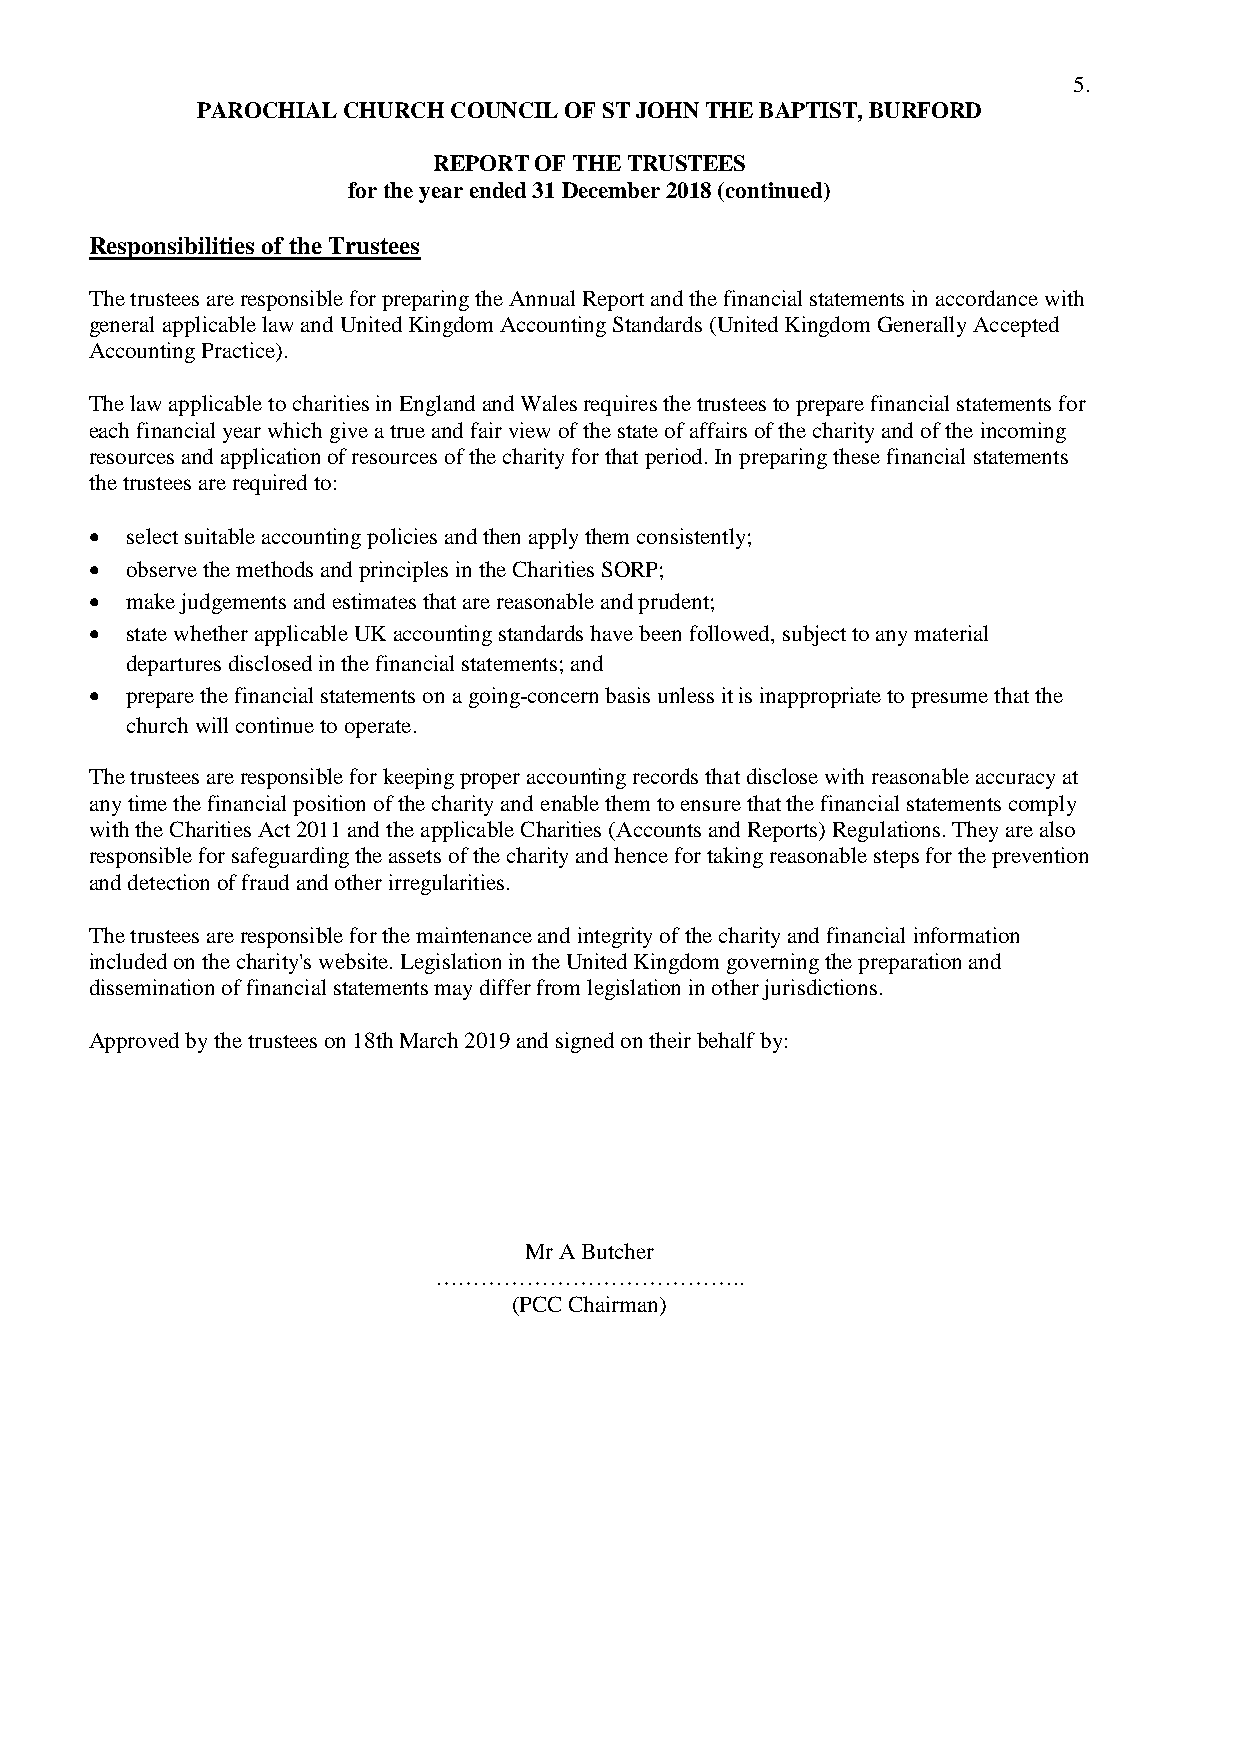
5.
 PAROCHIAL CHURCH COUNCIL OF ST JOHN THE BAPTIST, BURFORD
 REPORT OF THE TRUSTEES
 for the year ended 31 December 2018 (continued)
 Responsibilities of the Trustees
 The trustees are responsible for preparing the Annual Report and the financial statements in accordance with
 general applicable law and United Kingdom Accounting Standards (United Kingdom Generally Accepted
 Accounting Practice).
 The law applicable to charities in England and Wales requires the trustees to prepare financial statements for
 each financial year which give a true and fair view of the state of affairs of the charity and of the incoming
 resources and application of resources of the charity for that period. In preparing these financial statements
 the trustees are required to:
  select suitable accounting policies and then apply them consistently;
  observe the methods and principles in the Charities SORP;
  make judgements and estimates that are reasonable and prudent;
  state whether applicable UK accounting standards have been followed, subject to any material
 departures disclosed in the financial statements; and
  prepare the financial statements on a going-concern basis unless it is inappropriate to presume that the
 church will continue to operate.
 The trustees are responsible for keeping proper accounting records that disclose with reasonable accuracy at
 any time the financial position of the charity and enable them to ensure that the financial statements comply
 with the Charities Act 2011 and the applicable Charities (Accounts and Reports) Regulations. They are also
 responsible for safeguarding the assets of the charity and hence for taking reasonable steps for the prevention
 and detection of fraud and other irregularities.
 The trustees are responsible for the maintenance and integrity of the charity and financial information
 included on the charity's website. Legislation in the United Kingdom governing the preparation and
 dissemination of financial statements may differ from legislation in other jurisdictions.
 Approved by the trustees on 18th March 2019 and signed on their behalf by:
 Mr A Butcher
 …………………………………..
 (PCC Chairman)